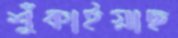
শুঁকাইয়াছ